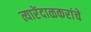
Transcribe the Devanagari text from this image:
त्यारेंदाळकरांचे